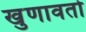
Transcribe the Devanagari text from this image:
खुणावतो